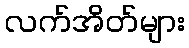
လက်အိတ်များ